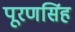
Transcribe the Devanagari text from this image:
पूरणसिंह